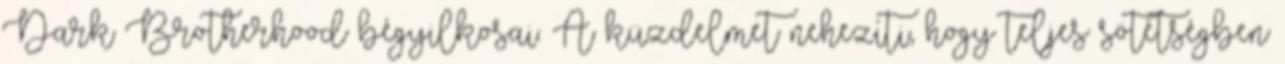
Dark Brotherhood bégyilkosai. A küzdelmet nehezíti, hogy teljes sötétségben